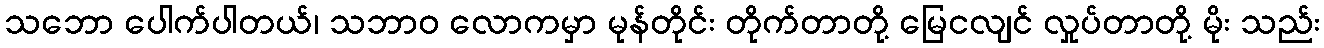
သဘော ပေါက်ပါတယ်၊ သဘာဝ လောကမှာ မုန်တိုင်း တိုက်တာတို့ မြေငလျင် လှုပ်တာတို့ မိုး သည်း